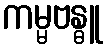
ကမ္မဗန္ဓူ